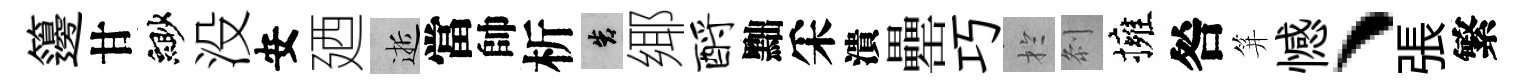
籩甘緲没安廼逝當帥析告鄊酹黜采潰罍巧扵𠛴擁咎笄憾、張繁